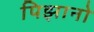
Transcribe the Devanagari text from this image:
पिझानो